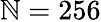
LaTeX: \mathbb{N}=256